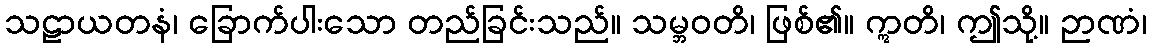
သဠာယတနံ၊ ခြောက်ပါးသော တည်ခြင်းသည်။ သမ္ဘဝတိ၊ ဖြစ်၏။ ဣတိ၊ ဤသို့။ ဉာဏံ၊